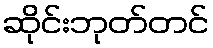
ဆိုင်းဘုတ်တင်